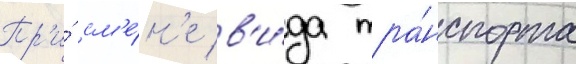
Пр'и́ см'е́н'е в'и́да тра́нспорта